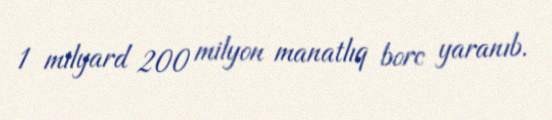
1 milyard 200 milyon manatlıq borc yaranıb.